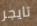
تايجر